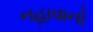
નહાવાનો